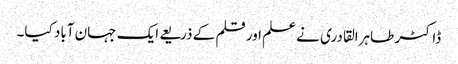
ڈاکٹر طاہرالقادری نے علم اور قلم کے ذریعے ایک جہان آباد کیا۔